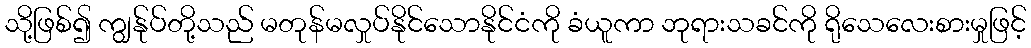
သို့ဖြစ်၍ ကျွန်ုပ်တို့သည် မတုန်မလှုပ်နိုင်သောနိုင်ငံကို ခံယူကာ ဘုရားသခင်ကို ရိုသေလေးစားမှုဖြင့်